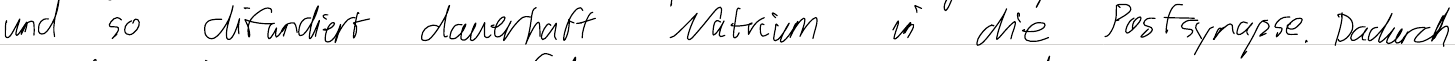
und so diffundiert dauerhaft Natrium in die Postsynapse. Dadurch